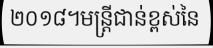
២០១៨។មន្ត្រីជាន់ខ្ពស់នៃ